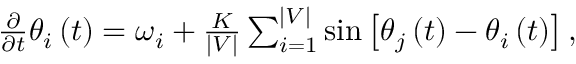
\begin{array} { r } { \frac { \partial } { \partial t } \theta _ { i } \left( t \right) = \omega _ { i } + \frac { K } { \vert V \vert } \sum _ { i = 1 } ^ { \vert V \vert } \sin \left[ \theta _ { j } \left( t \right) - \theta _ { i } \left( t \right) \right] , } \end{array}